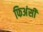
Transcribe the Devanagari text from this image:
फिअंसी